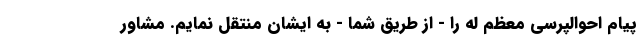
پیام احوالپرسی معظم له را - از طریق شما - به ایشان منتقل نمایم. مشاور